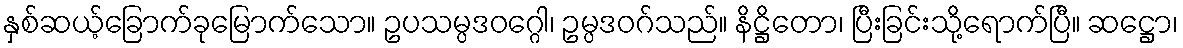
နှစ်ဆယ့်ခြောက်ခုမြောက်သော။ ဥပသမ္ပဒဝဂ္ဂေါ၊ ဥမ္ပဒဝဂ်သည်။ နိဋ္ဌိတော၊ ပြီးခြင်းသို့ရောက်ပြီ။ ဆဋ္ဌော၊